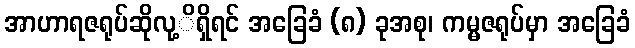
အာဟာရဇရုပ်ဆိုလု့ိရှိရင် အခြေခံ (၈) ခုအစု၊ ကမ္မဇရုပ်မှာ အခြေခံ